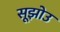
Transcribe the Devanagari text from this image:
सूझोउ